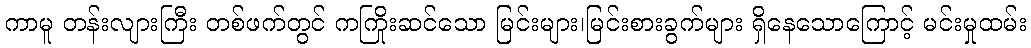
ကာမူ တန်းလျားကြီး တစ်ဖက်တွင် ကကြိုးဆင်သော မြင်းများ၊မြင်းစားခွက်များ ရှိနေသောကြောင့် မင်းမှုထမ်း